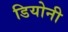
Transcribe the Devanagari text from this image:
डियोनी